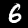
Label: 6